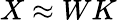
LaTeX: X\approx WK